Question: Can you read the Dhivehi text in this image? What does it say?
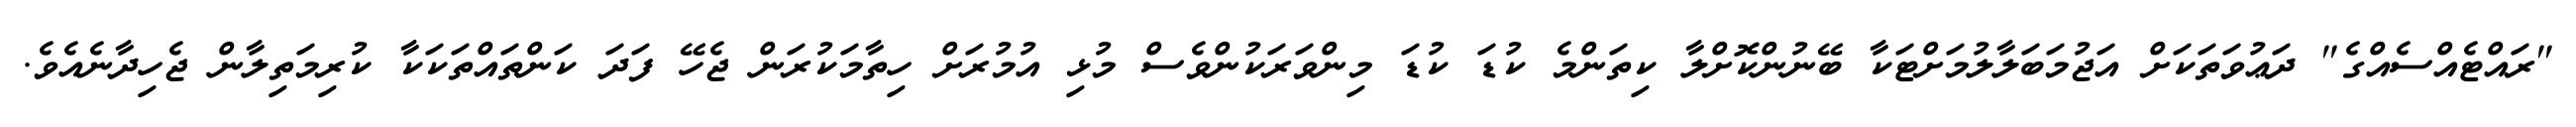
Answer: "ރައްޓެއްސެއްގެ" ދަޢުވަތަކަށް އަޖުމަބަލާލުމަށްޓަކާ ބޭނުންކޮށްލާ ކިތަންމެ ކުޑަ ކުޑަ މިންވަރަކުންވެސް މުޅި އުމުރަށް ހިތާމަކުރަން ޖެހޭ ފަދަ ކަންތައްތަކަކާ ކުރިމަތިލާން ޖެހިދާނެއެވެ.